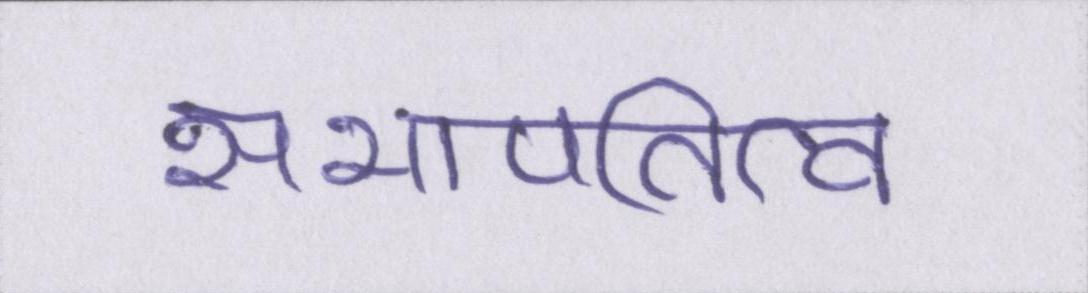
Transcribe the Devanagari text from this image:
सभापतित्व